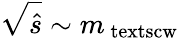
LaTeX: \sqrt{\hat{s}}\sim m_{\mathrm{{\ textsc{w}}}}